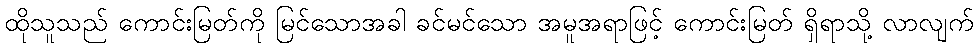
ထိုသူသည် ကောင်းမြတ်ကို မြင်သောအခါ ခင်မင်သော အမူအရာဖြင့် ကောင်းမြတ် ရှိရာသို့ လာလျက်